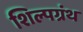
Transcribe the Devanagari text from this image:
शिल्पग्रंथ